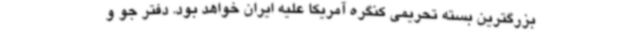
بزرگترین بسته تحریمی کنگره آمریکا علیه ایران خواهد بود. دفتر جو و